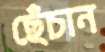
ছেঁচান